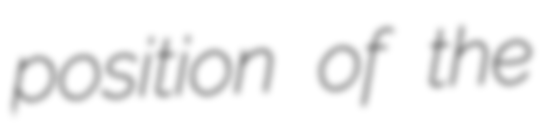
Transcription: position of the